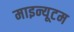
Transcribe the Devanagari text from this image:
माइन्यूटम